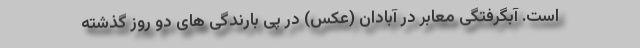
است. آبگرفتگی معابر در آبادان (عکس) در پی بارندگی های دو روز گذشته